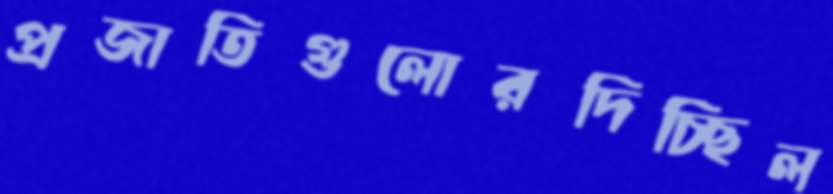
প্রজাতিগুলোরদিচ্ছিল